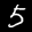
Label: 5